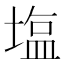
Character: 塩